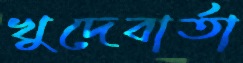
খুদেবার্তা